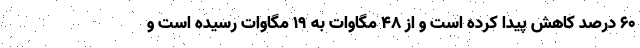
۶۰ درصد کاهش پیدا کرده است و از ۴۸ مگاوات به ۱۹ مگاوات رسیده است و